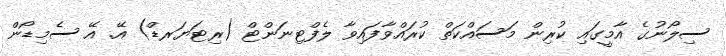
ސިލޯނުގެ އާމީގައި ކުރިން މަސައްކަތް ކުރައްވާފައިވާ ލެފްޓިނަންޓް (ރިޓަޔަރޑް) އޭ. އޭ ސެމިޑޯން